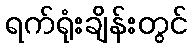
ရက်ရုံးချိန်းတွင်